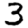
Digit: 3